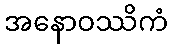
အနောဝဿိကံ